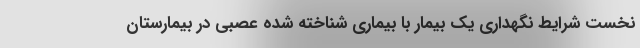
نخست شرایط نگهداری یک بیمار با بیماری شناخته شده عصبی در بیمارستان